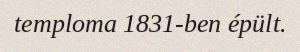
temploma 1831-ben épült.